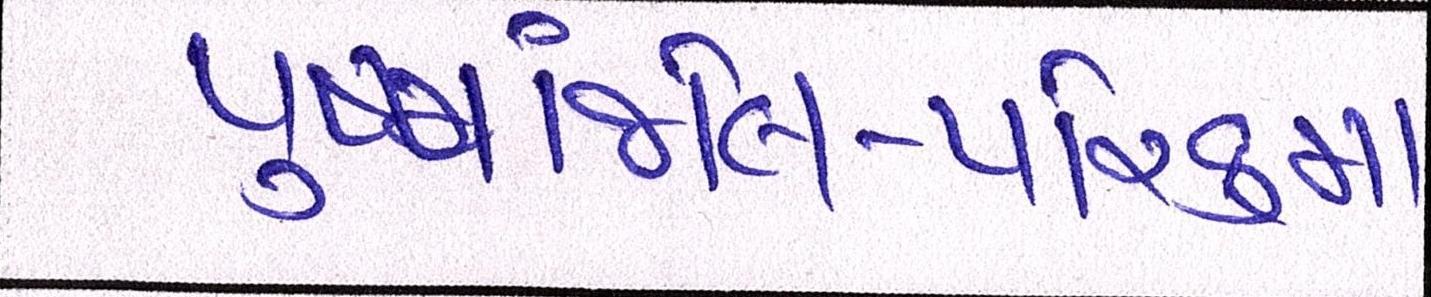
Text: પુષ્પાંજલિ-પરિક્રમા